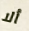
ألا